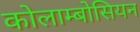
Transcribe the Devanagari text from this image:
कोलाम्बोसियन